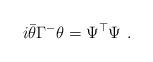
LaTeX: \begin{align*}i\bar\theta \Gamma^-\theta=\Psi^\top \Psi\ .\end{align*}